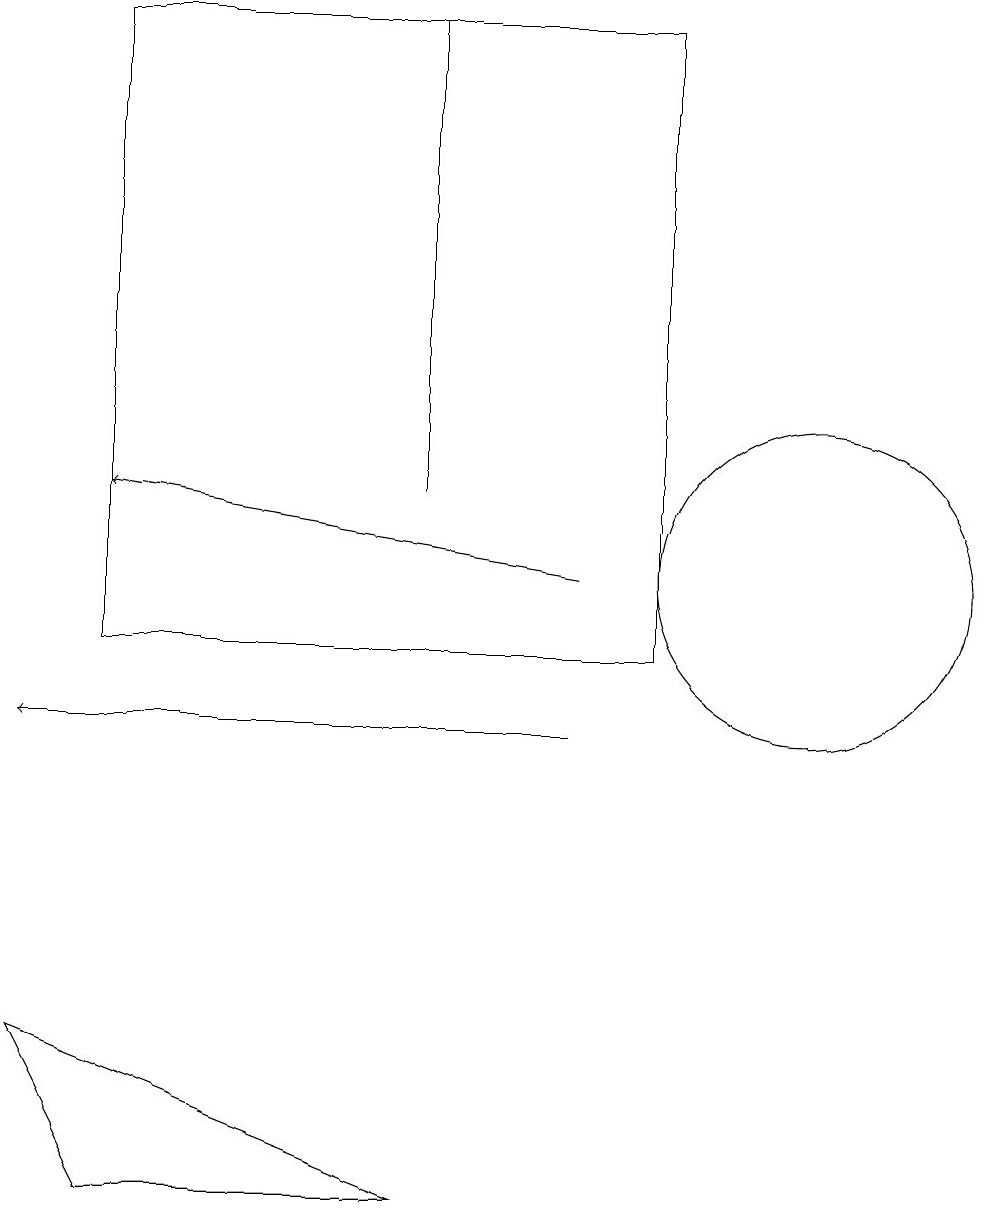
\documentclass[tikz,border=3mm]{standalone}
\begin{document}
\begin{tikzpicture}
\draw[->] (7,10) -- (0,10);
\draw[->] (7,12) -- (1,13);
\draw (5,13) rectangle (5,19);
\draw (0,6) -- (1,4) -- (5,4) -- cycle;
\draw (10,12) circle (2);
\draw (8,19) rectangle (1,11);
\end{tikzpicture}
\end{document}